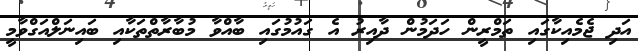
އަދި ޖެމެއިކާގައި ތަމްރީން ހަދަމުން ދާއިރު އެ ގައުމުގައި ބާއްވާ މުބާރާތްތަކާއި ބައިނަލްއަގްވާމީ